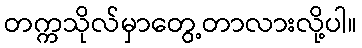
တက္ကသိုလ်မှာတွေ့တာလားလို့ပါ။